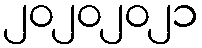
၂၀၂၀၂၀၂၁